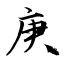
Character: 庚